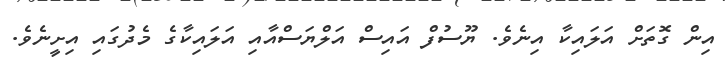
އިން ގޮތަށް އަލައިކާ އިނެވެ. ޔޫސުފް އައިސް އަލްޔަސްއާއި އަލައިކާގެ މެދުގައި އިށީނެވެ.